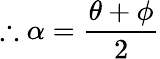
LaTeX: \therefore\alpha={\frac{\theta+\phi}{2}}